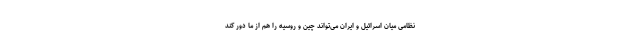
نظامی میان اسرائیل و ایران می‌تواند چین و روسیه را هم از ما دور کند